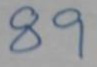
89